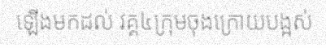
ឡើងមកដល់ វគ្គ៤ក្រុមចុងក្រោយបង្អស់